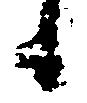
候